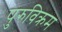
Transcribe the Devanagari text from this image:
पुरुविक्रम